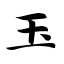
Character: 玉